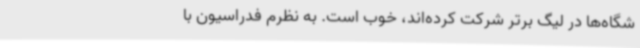
شگاه‌ها در لیگ برتر شرکت‌ کرده‌اند، خوب است. به نظرم فدراسیون با